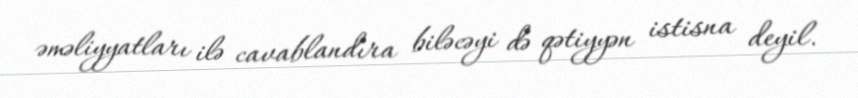
əməliyyatları ilə cavablandıra biləcəyi də qətiyyən istisna deyil.